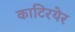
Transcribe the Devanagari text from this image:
काटिरयेर